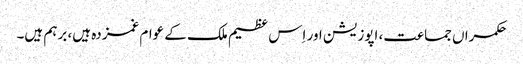
حکمراں جماعت، اپوزیشن اور اِس عظیم ملک کے عوام غمزدہ ہیں، برہم ہیں۔